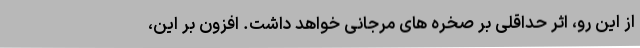
از این رو، اثر حداقلی بر صخره های مرجانی خواهد داشت. افزون بر این،